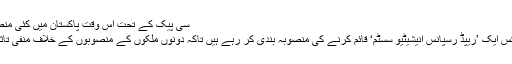
سی پیک کے تحت اس وقت پاکستان میں کئی منصوبوں پر کام جاری ہے: فوٹو اے ایف پی
پاکستان اور چین کے حکام اور تھنک ٹینکس ایک ’ریپڈ رسپانس انیشیٹیو سسٹم‘ قائم کرنے کی منصوبہ بندی کر رہے ہیں تاکہ دونوں ملکوں کے منصوبوں کے خلاف منفی تاثر اور ’جعلی خبروں‘ کا توڑ کیا جا سکے۔